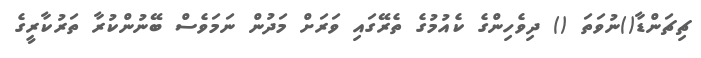
ޗިޗަންޑާ()ނުވަތަ () ދިވެހިންގެ ކެއުމުގެ ތެރޭގައި ވަރަށް މަދުން ނަމަވެސް ބޭނުންކުރާ ތަރުކާރީގެ